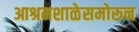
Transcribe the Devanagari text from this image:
आश्रमशाळेसमोरून